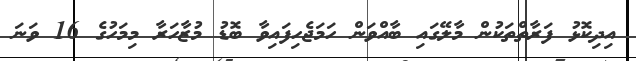
އިދިކޮޅު ފަރާތްތަކުން މާލޭގައި ބާއްވަން ހަމަޖެހިފައިވާ ބޮޑު މުޒާހަރާ މިމަހުގެ 16 ވަނަ